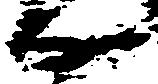
房